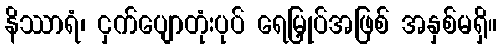
နိဿာရံ၊ ငှက်ပျောတုံးပုပ် ရေမြှုပ်အဖြစ် အနှစ်မရှိ။